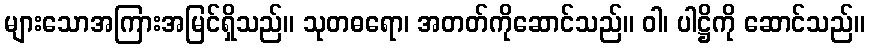
များသောအကြားအမြင်ရှိသည်။ သုတဓရော၊ အတတ်ကိုဆောင်သည်။ ဝါ၊ ပါဋ္ဌိကို ဆောင်သည်။